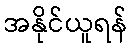
အနိုင်ယူရန်